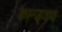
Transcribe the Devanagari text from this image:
कान्ड्वण